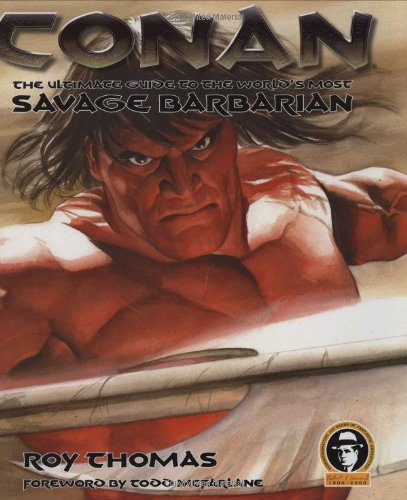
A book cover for Conan: The Ultimate Guide to the World's Most Savage Barbarian; Roy Thomas; Science Fiction & Fantasy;